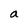
Character: a